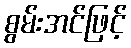
စွမ်းအင်ဖြင့်